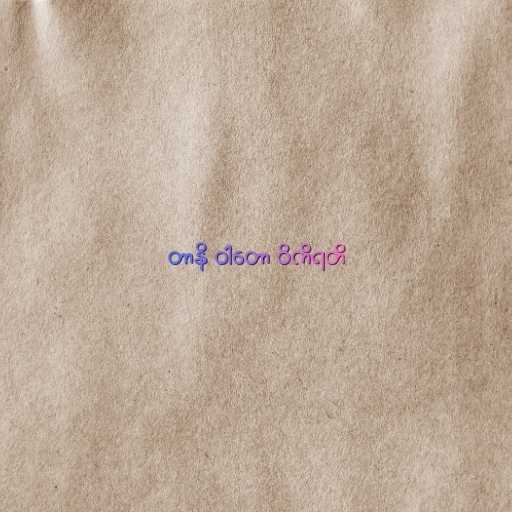
တာနိ ဝါတော ဝိကိရတိ